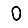
Digit: 0